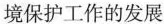
境保护工作的发展